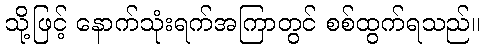
သို့ဖြင့် နောက်သုံးရက်အကြာတွင် စစ်ထွက်ရသည်။